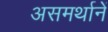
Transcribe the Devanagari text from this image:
असमर्थानें